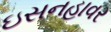
ઇસનહાવર